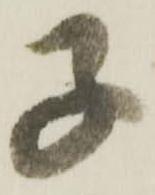
子